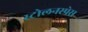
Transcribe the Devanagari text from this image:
स्टोलनस्पेस